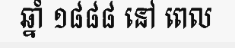
ឆ្នាំ ១៨៨៨ នៅ ពេល